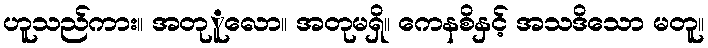
ဟူသည်ကား။ အတုူလော။ အတုမရှိ။ ကေနစိနှင့် အသဒိသော မတူ။